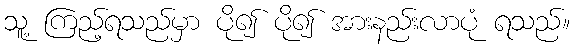
သူ့ ကြည့်ရသည်မှာ ပို၍ ပို၍ အားနည်းလာပုံ ရသည်။